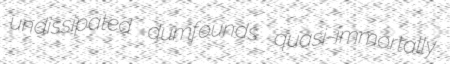
undissipated dumfounds quasi-immortally